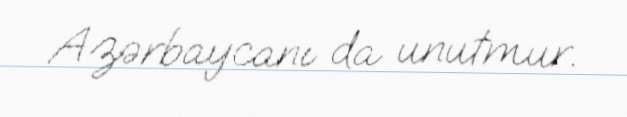
Azərbaycanı da unutmur.